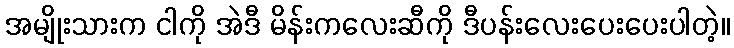
အမျိုးသားက ငါကို အဲဒီ မိန်းကလေးဆီကို ဒီပန်းလေးပေးပေးပါတဲ့။